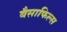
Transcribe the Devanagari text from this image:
बैसाफिल्स